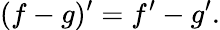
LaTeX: (f-g)^{\prime}=f^{\prime}-g^{\prime}.